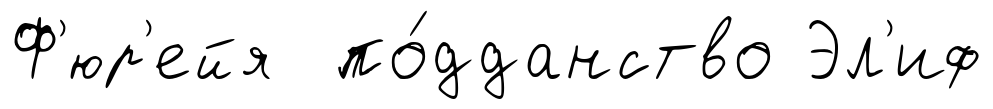
Ф'юр'ейя по́дданство Эл'иф